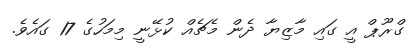
ގްރޫޕް އީ ގައި މާޒިޔާ ދެން މެޗެއް ކުޅޭނީ މިމަހުގެ 17 ގައެވެ.